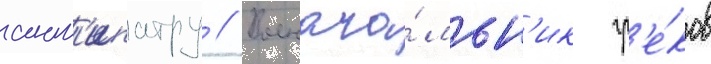
ант'ипатру // Военача́льн'ик гр'е́ков